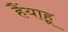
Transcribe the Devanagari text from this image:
हैंयाहू